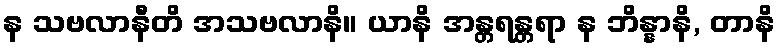
န သဗလာနီတိ အသဗလာနိ။ ယာနိ အန္တရန္တရာ န ဘိန္နာနိ, တာနိ